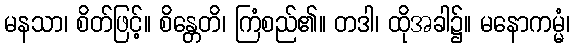
မနသာ၊ စိတ်ဖြင့်။ စိန္တေတိ၊ ကြံစည်၏။ တဒါ၊ ထိုအခါ၌။ မနောကမ္မံ၊